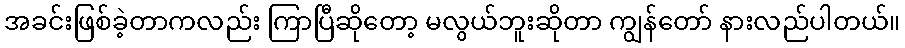
အခင်းဖြစ်ခဲ့တာကလည်း ကြာပြီဆိုတော့ မလွယ်ဘူးဆိုတာ ကျွန်တော် နားလည်ပါတယ်။